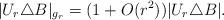
LaTeX: \begin{align*} |U_r\triangle B|_{g_r} = (1+O(r^2))|U_r\triangle B|.\end{align*}